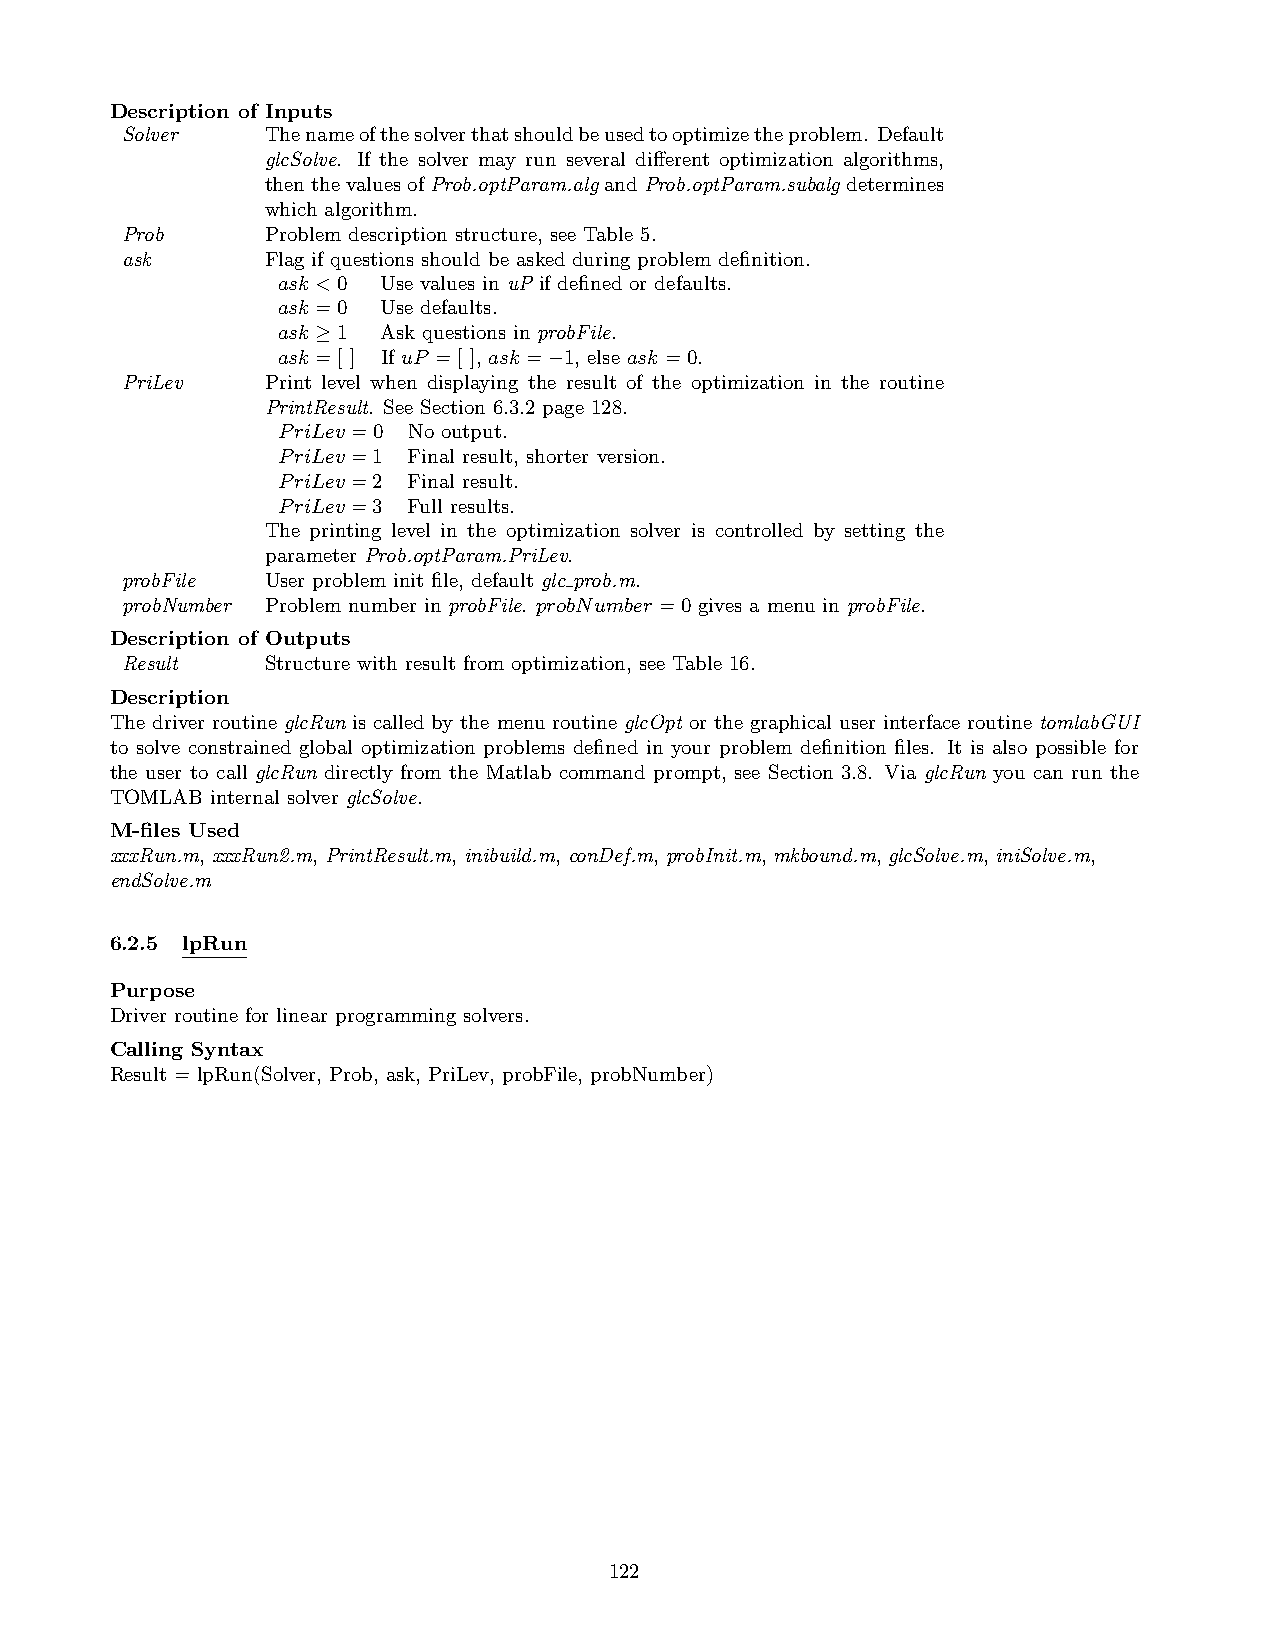
Description of Inputs
 Solver    Thenameofthesolverthatshouldbeusedtooptimizetheproblem. Default
 glcSolve. If the solver may run several different optimization algorithms,
 thenthevaluesofProb.optParam.algandProb.optParam.subalgdetermines
 which algorithm.
 Prob      Problem description structure, see Table 5.
 ask       Flag if questions should be asked during problem definition.
 ask <0 Use values in uP if defined or defaults.
 ask =0 Use defaults.
 ask ≥1 Ask questions in probFile.
 ask =[ ] If uP =[ ], ask =−1, else ask =0.
 PriLev    Print level when displaying the result of the optimization in the routine
 PrintResult. See Section 6.3.2 page 128.
 PriLev =0 No output.
 PriLev =1 Final result, shorter version.
 PriLev =2 Final result.
 PriLev =3 Full results.
 The printing level in the optimization solver is controlled by setting the
 parameter Prob.optParam.PriLev.
 probFile  User problem init file, default glc prob.m.
 probNumber Problem number in probFile. probNumber =0 gives a menu in probFile.
 Description of Outputs
 Result    Structure with result from optimization, see Table 16.
 Description
 The driver routine glcRun is called by the menu routine glcOpt or the graphical user interface routine tomlabGUI
 to solve constrained global optimization problems defined in your problem definition files. It is also possible for
 the user to call glcRun directly from the Matlab command prompt, see Section 3.8. Via glcRun you can run the
 TOMLAB internal solver glcSolve.
 M-files Used
 xxxRun.m, xxxRun2.m, PrintResult.m, inibuild.m, conDef.m, probInit.m, mkbound.m, glcSolve.m, iniSolve.m,
 endSolve.m
 6.2.5 lpRun
 Purpose
 Driver routine for linear programming solvers.
 Calling Syntax
 Result = lpRun(Solver, Prob, ask, PriLev, probFile, probNumber)
 122